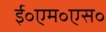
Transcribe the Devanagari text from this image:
ई॰एम॰एस॰